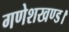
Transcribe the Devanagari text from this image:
गणेशखण्ड।